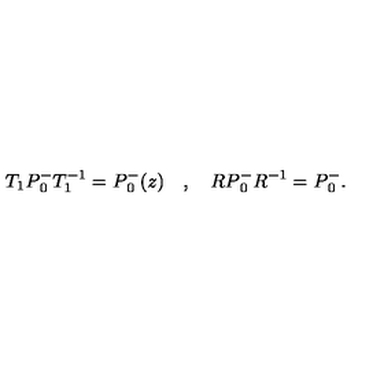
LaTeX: T _ { 1 } P { _ 0 ^ { - } } T _ { 1 } ^ { - 1 } = P { _ 0 ^ { - } } ( z ) \quad , \quad R P { _ 0 ^ { - } } R ^ { - 1 } = P { _ 0 ^ { - } } .